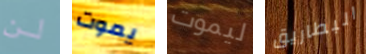
لن يموت ليموت البطاريق